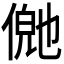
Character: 𬿊